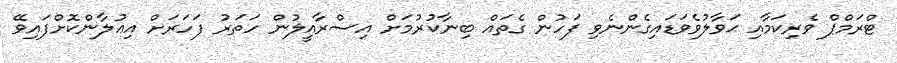
ޓްރަމްޕް ވެރިކަމާއި ޙަވާލުވެވަޑައިގެންނެވި ފަހުން ގެތައް ބިނާކުރުމަށް އިސްރާއީލުން ހަތަރު ފަހަރަށް އިޢުލާންކޮށްފައިވޭ